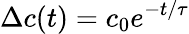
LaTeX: \Delta c(t)=c_{0}e^{-t/\tau}